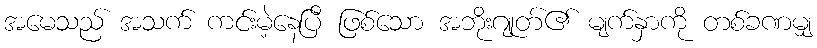
အမေသည် အသက် ကင်းမဲ့နေပြီ ဖြစ်သော အဘိုးဂျုတ်၏ မျက်နှာကို တစ်ခဏမျှ